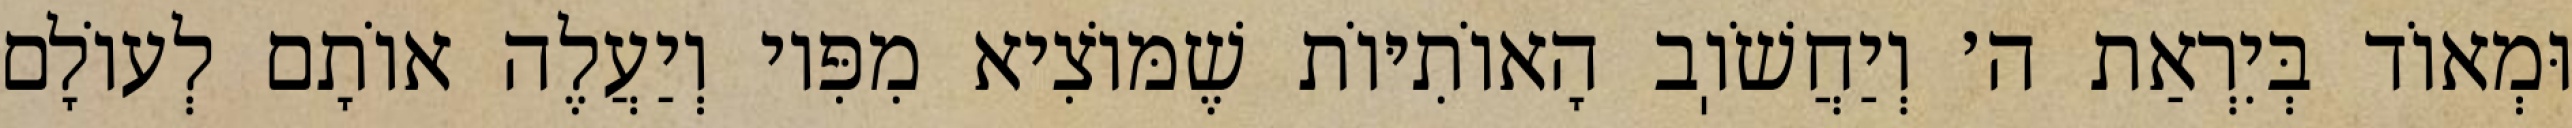
וּמְאוֹד בְּיִרְאַת ה׳ וְיַחֲשֹׁוֽב הָאוֹתִיּוֹת שֶׁמּוֹצִיא מִפִּיו וְיַעֲלֶה אוֹתָם לְעוֹלָם